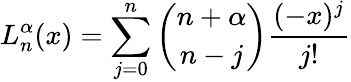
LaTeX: {L_{n}^{\alpha}(x)=\sum_{j=0}^{n}\binom{n+\alpha}{n-j}\frac{(-x)^{j}}{j!}}